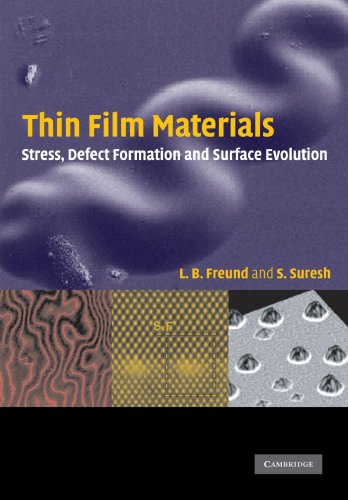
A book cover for Thin Film Materials: Stress, Defect Formation and Surface Evolution; L. B. Freund; Science & Math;